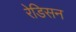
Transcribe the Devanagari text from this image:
रेडिसन